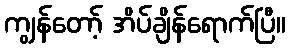
ကျွန်တော့် အိပ်ချိန်ရောက်ပြီ။